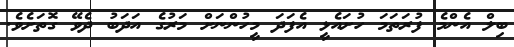
ބިލް އެންމެ ފުރަތަމަ ހުށައެޅީ އެފަދަ މީހުންނަށް މަރުގެ އަދަބު ދެވޭ ގޮތަށެވެ.